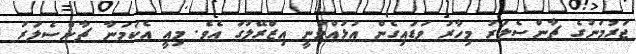
ޖަރުމަނުގެ ޗާންސެލަރު މިހާރު ވަޑައިގެން އުޅުއްވަނީ އިޒްރޭލުގަ އެވެ. މިއީ އެކަމަނާ ޗާންސެލަރު